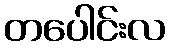
တပေါင်းလ